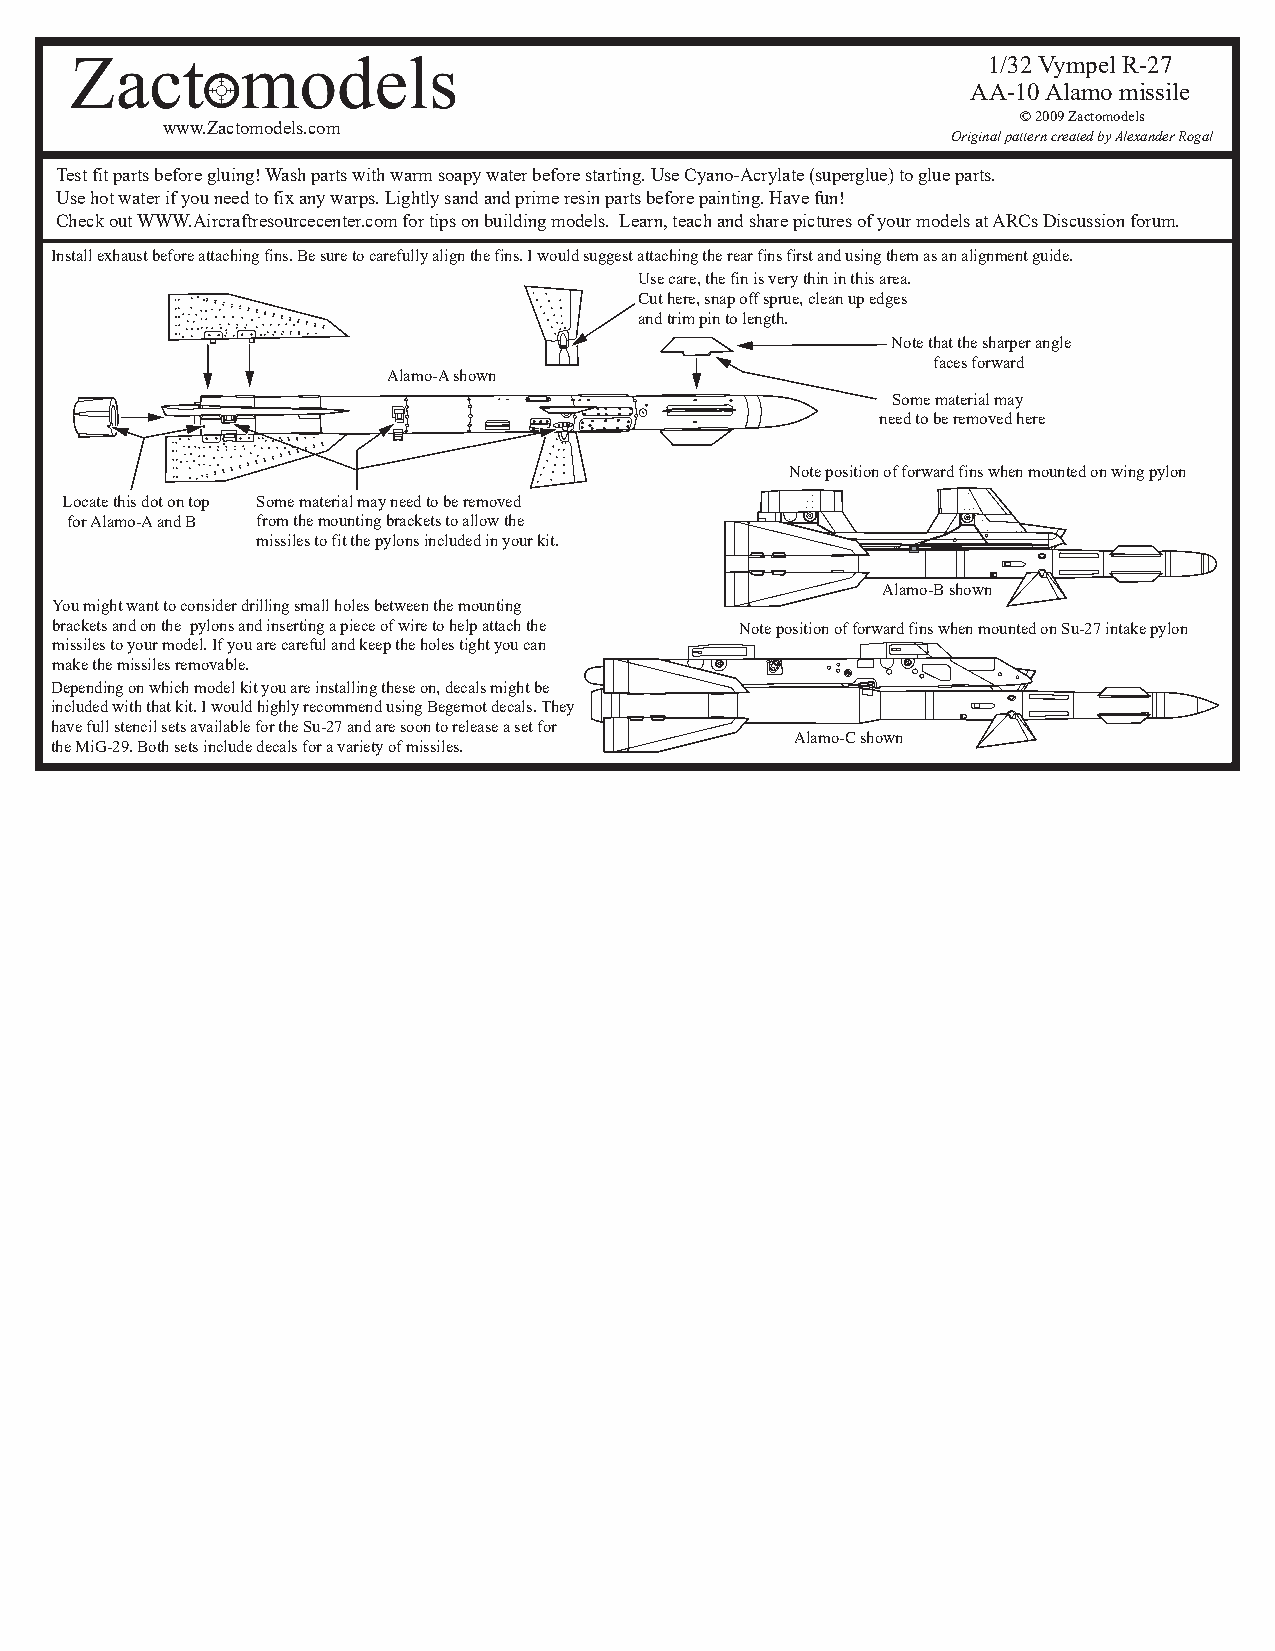
1/32 Vympel R-27
 AA-10 Alamo missile
 © 2009 Zactomodels
 www.Zactomodels.com
 Original pattern created by Alexander Rogal
 Test fit parts before gluing! Wash parts with warm soapy water before starting. Use Cyano-Acrylate (superglue) to glue parts.
 Use hot water if you need to fix any warps. Lightly sand and prime resin parts before painting. Have fun!
 Check out WWW.Aircraftresourcecenter.com for tips on building models. Learn, teach and share pictures of your models at ARCs Discussion forum.
 Install exhaust before attaching fins. Be sure to carefully align the fins. I would suggest attaching the rear fins first and using them as an alignment guide.
 Use care, the fin is very thin in this area.
 Cut here, snap off sprue, clean up edges
 and trim pin to length.
 Note that the sharper angle
 faces forward
 Alamo-A shown
 Some material may
 need to be removed here
 Note position of forward fins when mounted on wing pylon
 Locate this dot on top Some material may need to be removed
 for Alamo-A and B from the mounting brackets to allow the
 missiles to fit the pylons included in your kit.
 Alamo-B shown
 You might want to consider drilling small holes between the mounting
 brackets and on the pylons and inserting a piece of wire to help attach the Note position of forward fins when mounted on Su-27 intake pylon
 missiles to your model. If you are careful and keep the holes tight you can
 make the missiles removable.
 Depending on which model kit you are installing these on, decals might be
 included with that kit. I would highly recommend using Begemot decals. They
 have full stencil sets available for the Su-27 and are soon to release a set for
 Alamo-C shown
 the MiG-29. Both sets include decals for a variety of missiles.